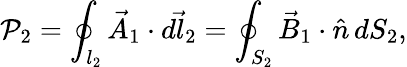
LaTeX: \mathcal{P}_{2}=\oint_{l_{2}}\vec{{A}}_{1}\cdot\vec{{dl_{2}}}=\oint_{S_{2}}\vec{{B}}_{1}\cdot\hat{{n}}\, dS_{2},